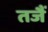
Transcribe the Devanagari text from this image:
तजैं